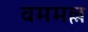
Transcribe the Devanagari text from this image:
वममल्ल